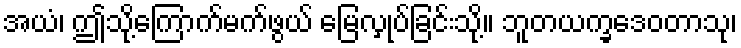
အယံ၊ ဤသို့ကြောက်မက်ဖွယ် မြေလှုပ်ခြင်းသို့။ ဘူတယက္ခဒေဝတာသု၊